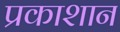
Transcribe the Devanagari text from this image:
प्रकाशान